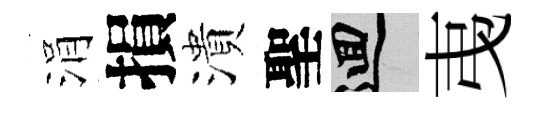
涓損潰聖回𢎯